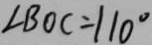
\angle B O C = 1 1 0 ^ { \circ }